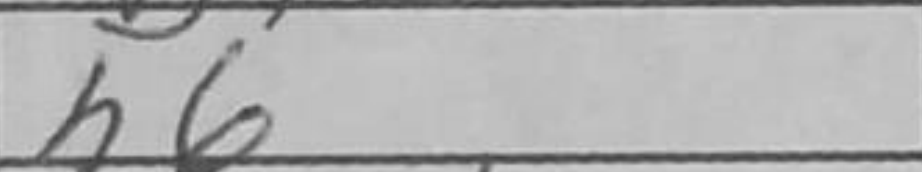
Transcription: h6